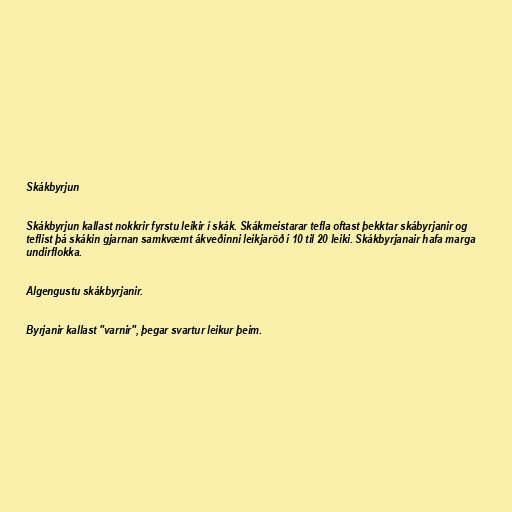
Skákbyrjun

Skákbyrjun kallast nokkrir fyrstu leikir í skák. Skákmeistarar tefla oftast þekktar skábyrjanir og
teflist þá skákin gjarnan samkvæmt ákveðinni leikjaröð í 10 til 20 leiki. Skákbyrjanair hafa marga
undirflokka.

Algengustu skákbyrjanir.

Byrjanir kallast "varnir", þegar svartur leikur þeim.